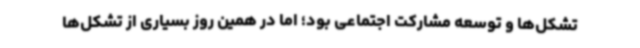
تشکل‌ها و توسعه مشارکت اجتماعی بود؛ اما در همین روز بسیاری از تشکل‌ها